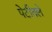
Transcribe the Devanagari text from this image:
पेटीतले